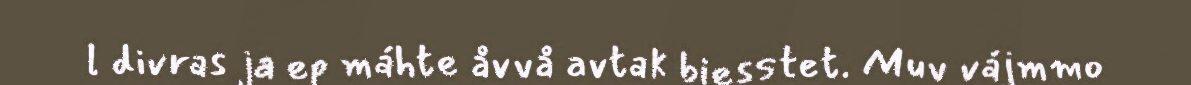
l divras ja ep máhte åvvå avtak biesstet. Muv vájmmo